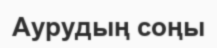
Аурудың соңы